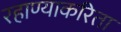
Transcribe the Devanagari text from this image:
रहाण्याकरिता